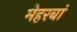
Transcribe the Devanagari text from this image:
मेहरबां